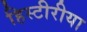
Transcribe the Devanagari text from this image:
हिस्टीरीया